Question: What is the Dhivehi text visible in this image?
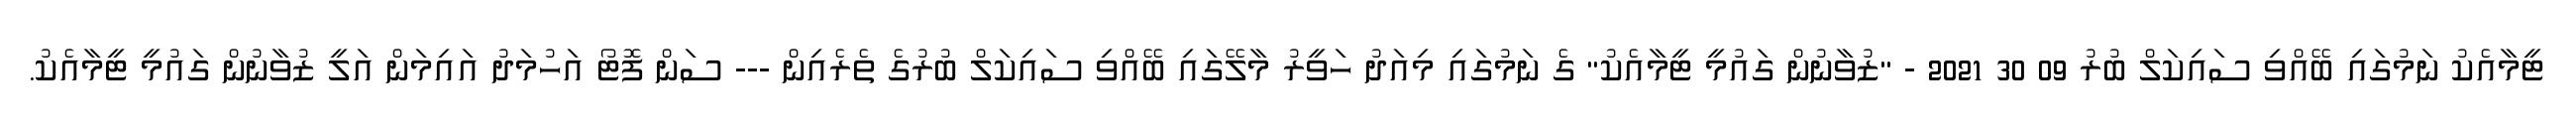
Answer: ޓީމާއެކު ނަމުގައި ބޭއްވި ސައިކަލް ބުރު 09 30 2021 - "ޒުވާނުން ގައުމީ ޓީމާއެކު" ގެ ނަމުގައި މިއަދު ހަވީރު މާލޭގައި ބޭއްވި ސައިކަލް ބުރުގެ ތެރެއިން --- ސަން ފޮޓޯ އަހުމަދު އައިމަން އަލީ ޒުވާނުން ގައުމީ ޓީމާއެކު.